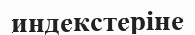
индекстеріне